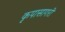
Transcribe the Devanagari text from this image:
कृपासागरी